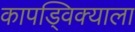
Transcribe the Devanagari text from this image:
कापड्विक्याला